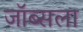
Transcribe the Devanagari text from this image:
जॉब्सला